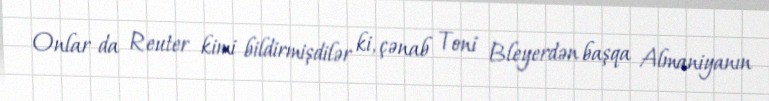
Onlar da Reuter kimi bildirmişdilər ki, çənab Toni Bleyerdən başqa Almaniyanın